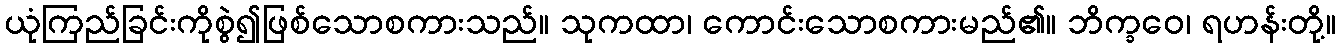
ယုံကြည်ခြင်းကိုစွဲ၍ဖြစ်သောစကားသည်။ သုကထာ၊ ကောင်းသောစကားမည်၏။ ဘိက္ခဝေ၊ ရဟန်းတို့။